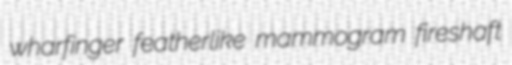
wharfinger featherlike mammogram fireshaft